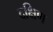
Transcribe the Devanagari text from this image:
दक्षिण्‍ा